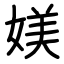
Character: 媄